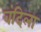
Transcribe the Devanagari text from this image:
वंदिला